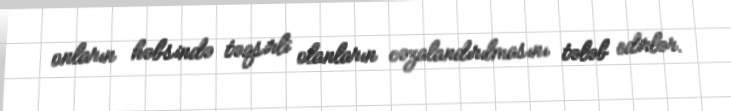
onların həbsində təqsirli olanların cəzalandırılmasını tələb edirlər.